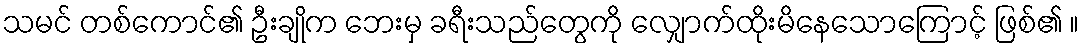
သမင် တစ်ကောင်၏ ဦးချိုက ဘေးမှ ခရီးသည်တွေကို လျှောက်ထိုးမိနေသောကြောင့် ဖြစ်၏ ။